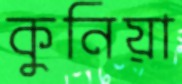
কুনিয়া